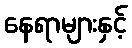
နေရာများနှင့်